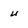
Character: u